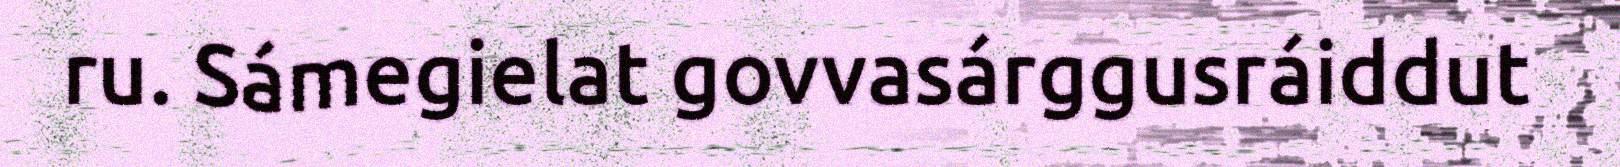
ru. Sámegielat govvasárggusráiddut